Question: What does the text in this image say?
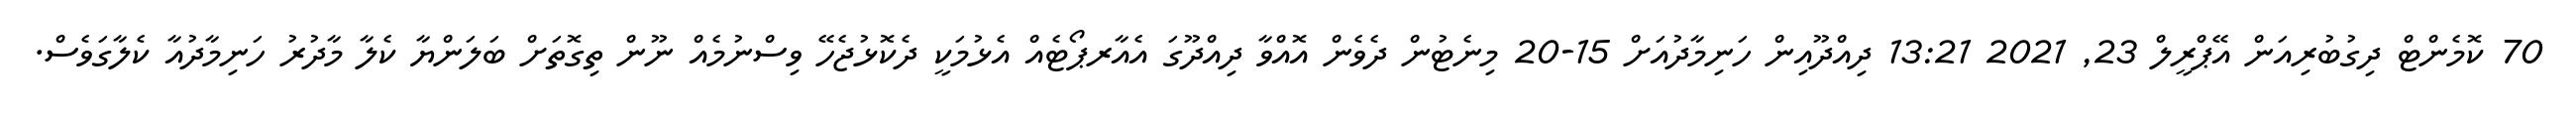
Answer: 70 ކޮމެންޓް ދިގުބުރިއަން އޭޕްރީލް 23, 2021 13:21 ދިއްދޫއިން ހަނިމާދުއަށް 15-20 މިނެޓުން ދެވެން އޮއްވާ ދިއްދޫގަ އެއާރޕޯޓެއް އެޅުމަކީ ދެކޮޅުޖެހޭ ވިސްނުމެއް ނޫން ތިގޮތަށް ބަލަންޔާ ކެލާ މާދުރު ހަނިމާދުއާ ކެލާގަވެސް.